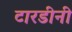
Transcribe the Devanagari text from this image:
टारडीनी